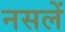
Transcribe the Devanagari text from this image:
नसलें